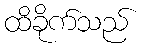
ထိခိုက်သည်